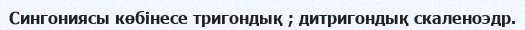
Сингониясы көбінесе тригондық ; дитригондық скаленоэдр.